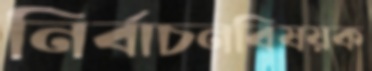
নির্বাচনবিষয়ক